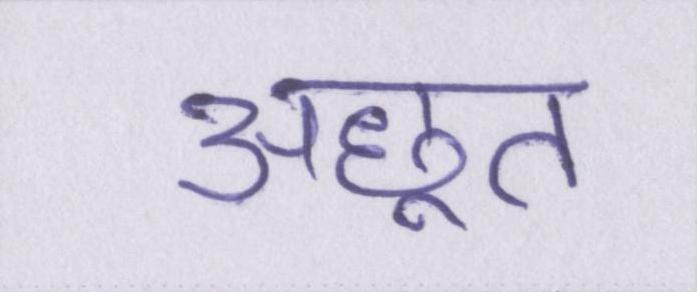
अछूत